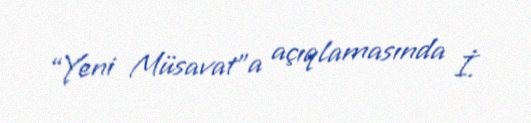
“Yeni Müsavat”a açıqlamasında İ.